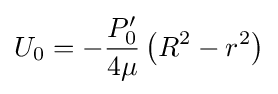
U_{0}=-{\frac {P'_{0}}{4\mu }}\left(R^{2}-r^{2}\right)